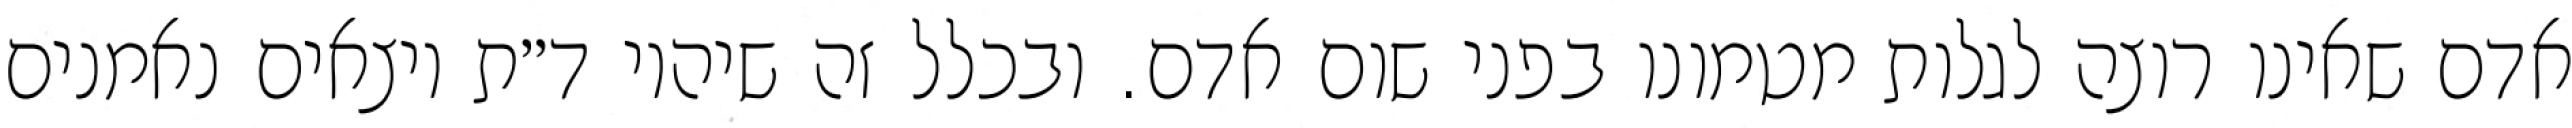
אדם שאינו רוצה לגלות מטמונו בפני שום אדם. ובכלל זה שיהיו ד״ת יוצאים נאמנים